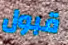
قبول